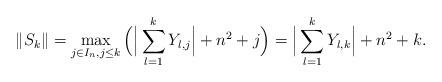
LaTeX: \begin{align*}\|S_k\|=\max_{j\in I_n,j\leq k}\Big(\Big|\sum_{l=1}^k Y_{l,j}\Big|+n^2+j\Big)=\Big|\sum_{l=1}^k Y_{l,k}\Big|+n^2+k.\end{align*}